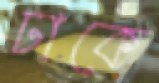
ঢাকে